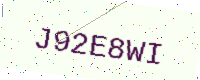
Text: J92E8WI